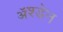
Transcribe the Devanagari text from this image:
ॲश्डेन